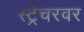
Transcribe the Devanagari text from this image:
स्ट्रेचरवर